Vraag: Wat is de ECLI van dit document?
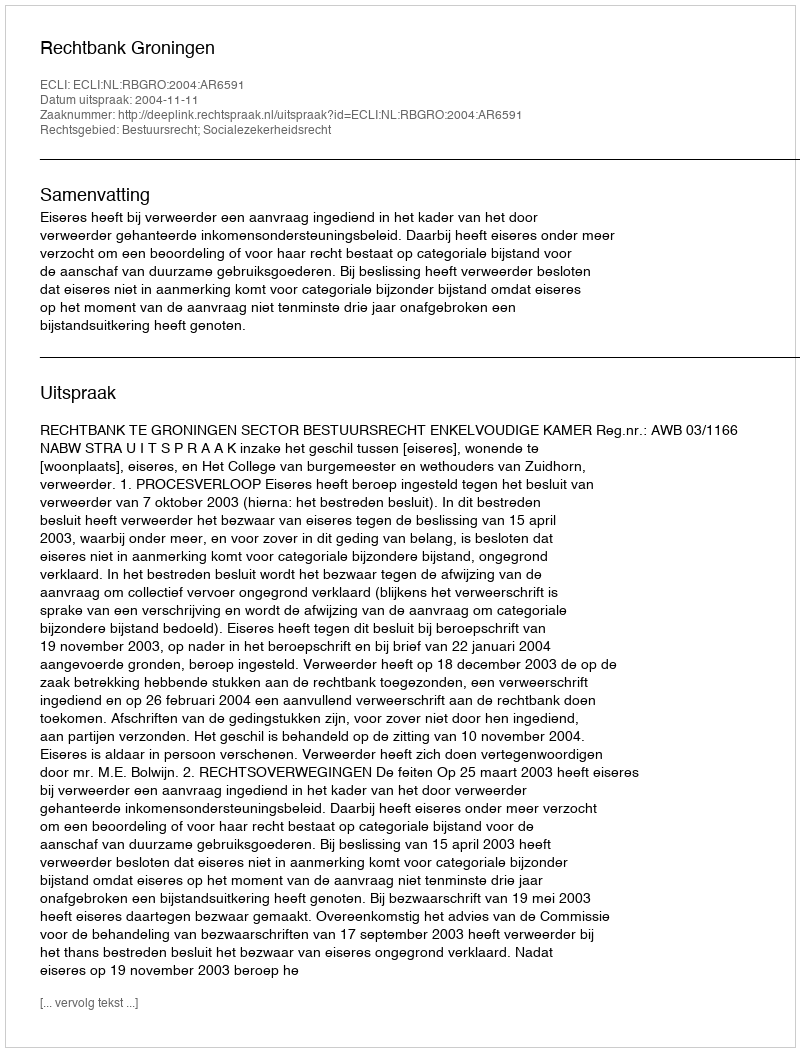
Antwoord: ECLI:NL:RBGRO:2004:AR6591